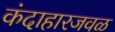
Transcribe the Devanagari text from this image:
कंदाहारजवळ